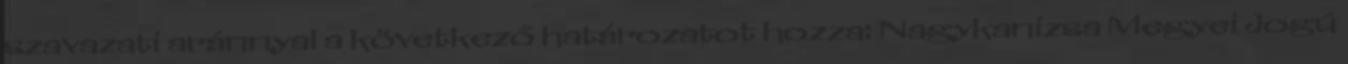
szavazati aránnyal a következő határozatot hozza: Nagykanizsa Megyei Jogú